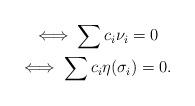
LaTeX: \begin{align*}\begin{gathered} \\\iff \sum c_i \nu_i = 0 \\\iff\sum c_i\eta(\sigma_i)=0.\end{gathered}\end{align*}